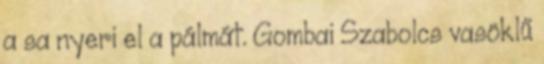
a sa nyeri el a pálmát. Gombai Szabolcs vasöklű